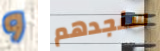
و سنجدهم